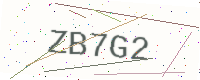
Text: ZB7G2